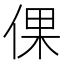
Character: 倮